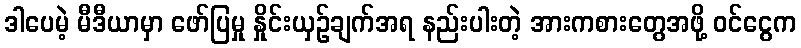
ဒါပေမဲ့ မီဒီယာမှာ ဖော်ပြမှု နှိုင်းယှဉ်ချက်အရ နည်းပါးတဲ့ အားကစားတွေအဖို့ ဝင်ငွေက